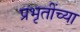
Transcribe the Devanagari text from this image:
प्रभृतींच्या